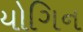
યોગિન